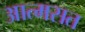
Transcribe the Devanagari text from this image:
आत्मसत